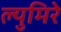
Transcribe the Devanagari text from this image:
ल्युमिरे